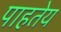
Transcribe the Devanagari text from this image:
पाहतेय